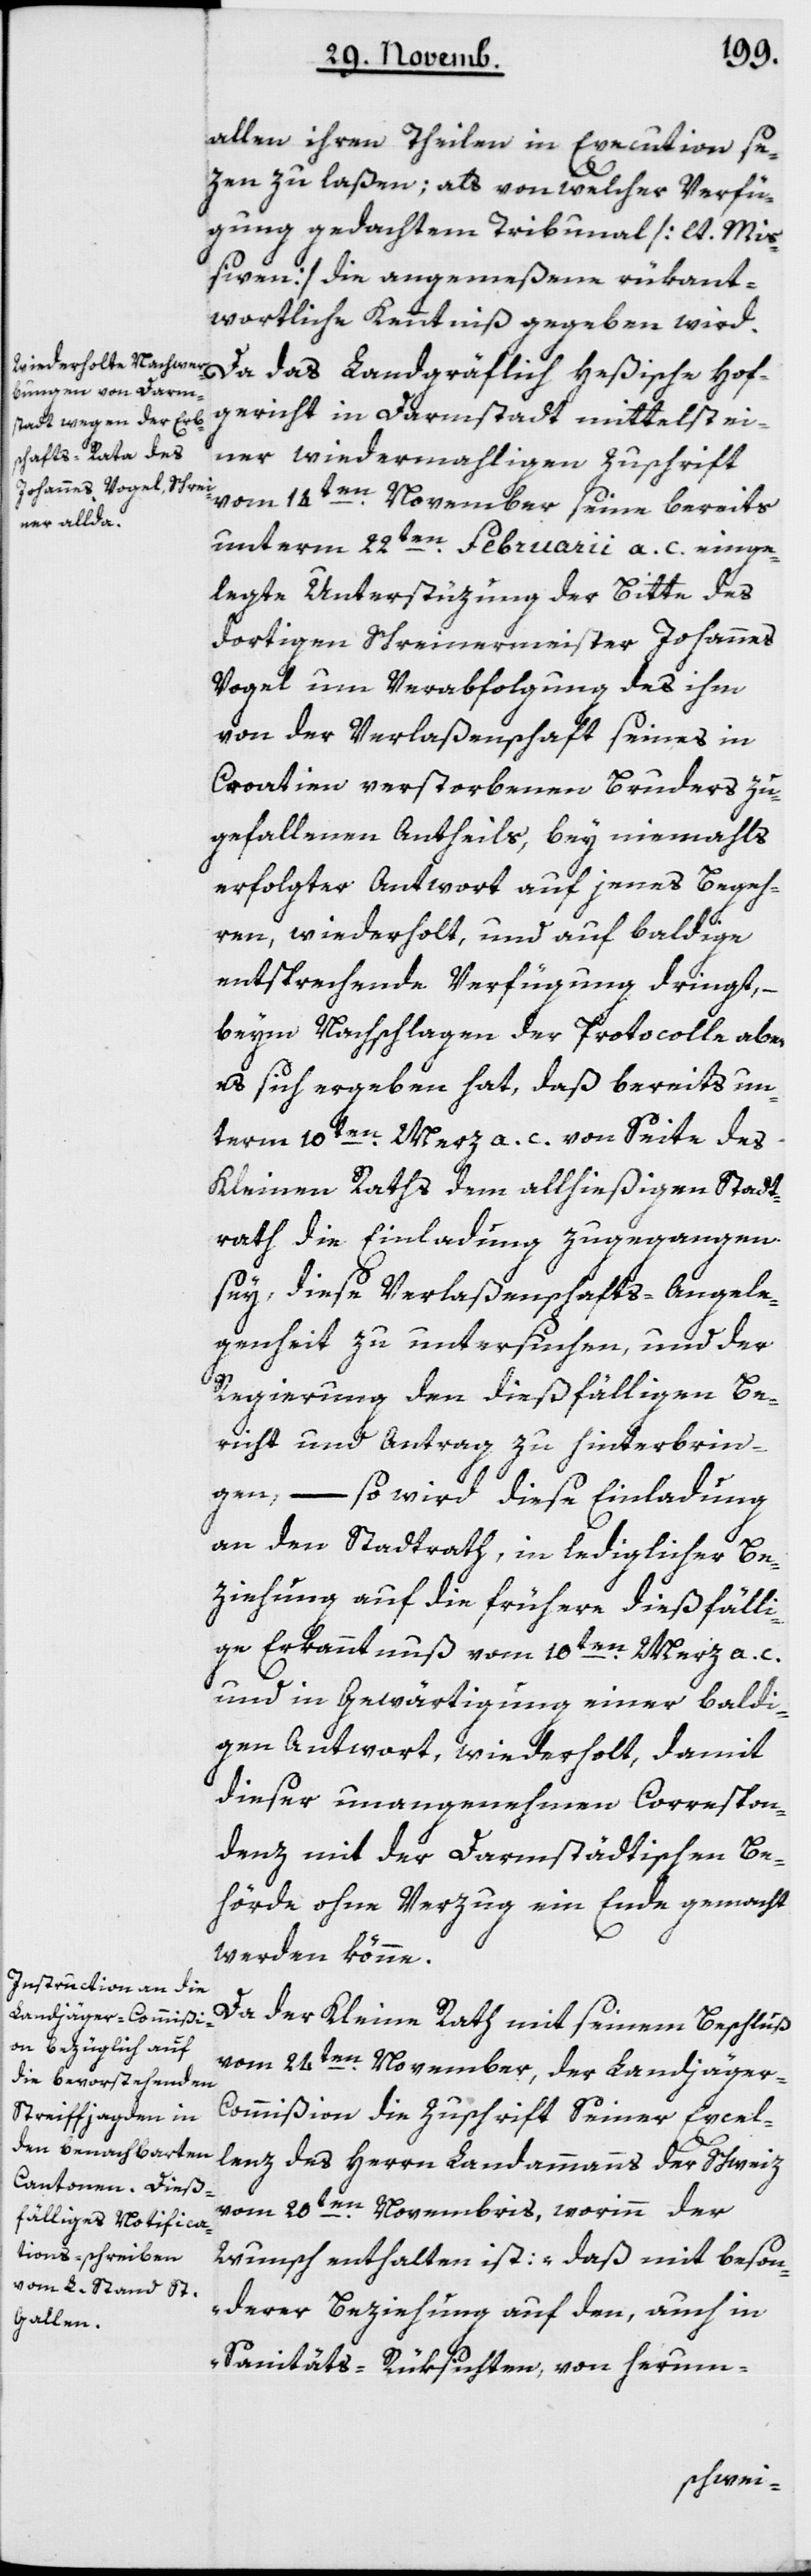
allen ihren Theilen in Execution se¬
zen zu laßen; als von welcher Verfü¬
gung gedachtem Tribunal [lt. Mi¬
ßiven] die angemeßene rükant¬
wortliche Kenntniß gegeben wird.
Da das Landgräflich Heßische Hof¬
gericht in Darmstadt mittelst ei¬
ner wiedermahligen Zuschrift
vom 14ten November seine bereits
unterm 22ten Februarii a. c. einge¬
legte Unterstützung der Bitte des
dortigen Schreinermeister Johannes
Vogel um Verabfolgung des ihm
von der Verlaßenschaft seines in
Croatien verstorbenen Bruders zu¬
gefallenen Antheils, bey niemals
erfolgter Antwort auf jenes Begeh¬
ren, wiederholt, und auf baldige
entsprechende Verfügung dringt, –
beim Nachschlagen der Protocolle aber
es sich ergeben hat, daß bereits un¬
term 10ten Merz a. c. von Seite des
Kleinen Raths dem allhießigen Stadt¬
rath die Einladung zugegangen
sey, diese Verlaßenschafts-Angele¬
genheit zu untersuchen, und der
Regierung den dießfälligen Be¬
richt und Antrag zu hinterbrin¬
gen,
– so wird diese Einladung
an den Stadtrath, in lediglicher Be¬
ziehung auf die frühere diesfälli¬
ge Erkanntnuß vom 10ten März a. c.
und in Gewärtigung einer baldi¬
gen Antwort, wiederholt, damit
dieser unangenehmen Correspon¬
denz mit der Darmstädtischen Be¬
hörde ohne Verzug ein Ende gemacht
werden könne.
Da der Kleine Rath mit seinem Beschluß,
vom 24ten November, der Landjäge¬
r-Commißion die Zuschrift seiner Excel¬
lenz des Herrn Landammanns der Schweiz
vom 20ten Novembris, worinn der
Wunsch enthalten ist: „daß mit beson¬
derer Beziehung auf den, auch in
Sanitäts-Rüksichten, von herum-